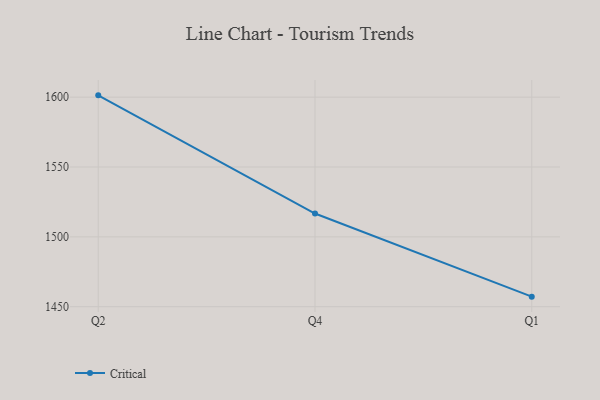
{"axis": {"x": "Quarter", "y": "Active Users"}, "legend": ["Critical"], "data": [{"x": "Q2", "y": 1601.3, "type": "Critical"}, {"x": "Q4", "y": 1516.7, "type": "Critical"}, {"x": "Q1", "y": 1457.2, "type": "Critical"}]}